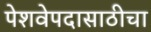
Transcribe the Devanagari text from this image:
पेशवेपदासाठीचा